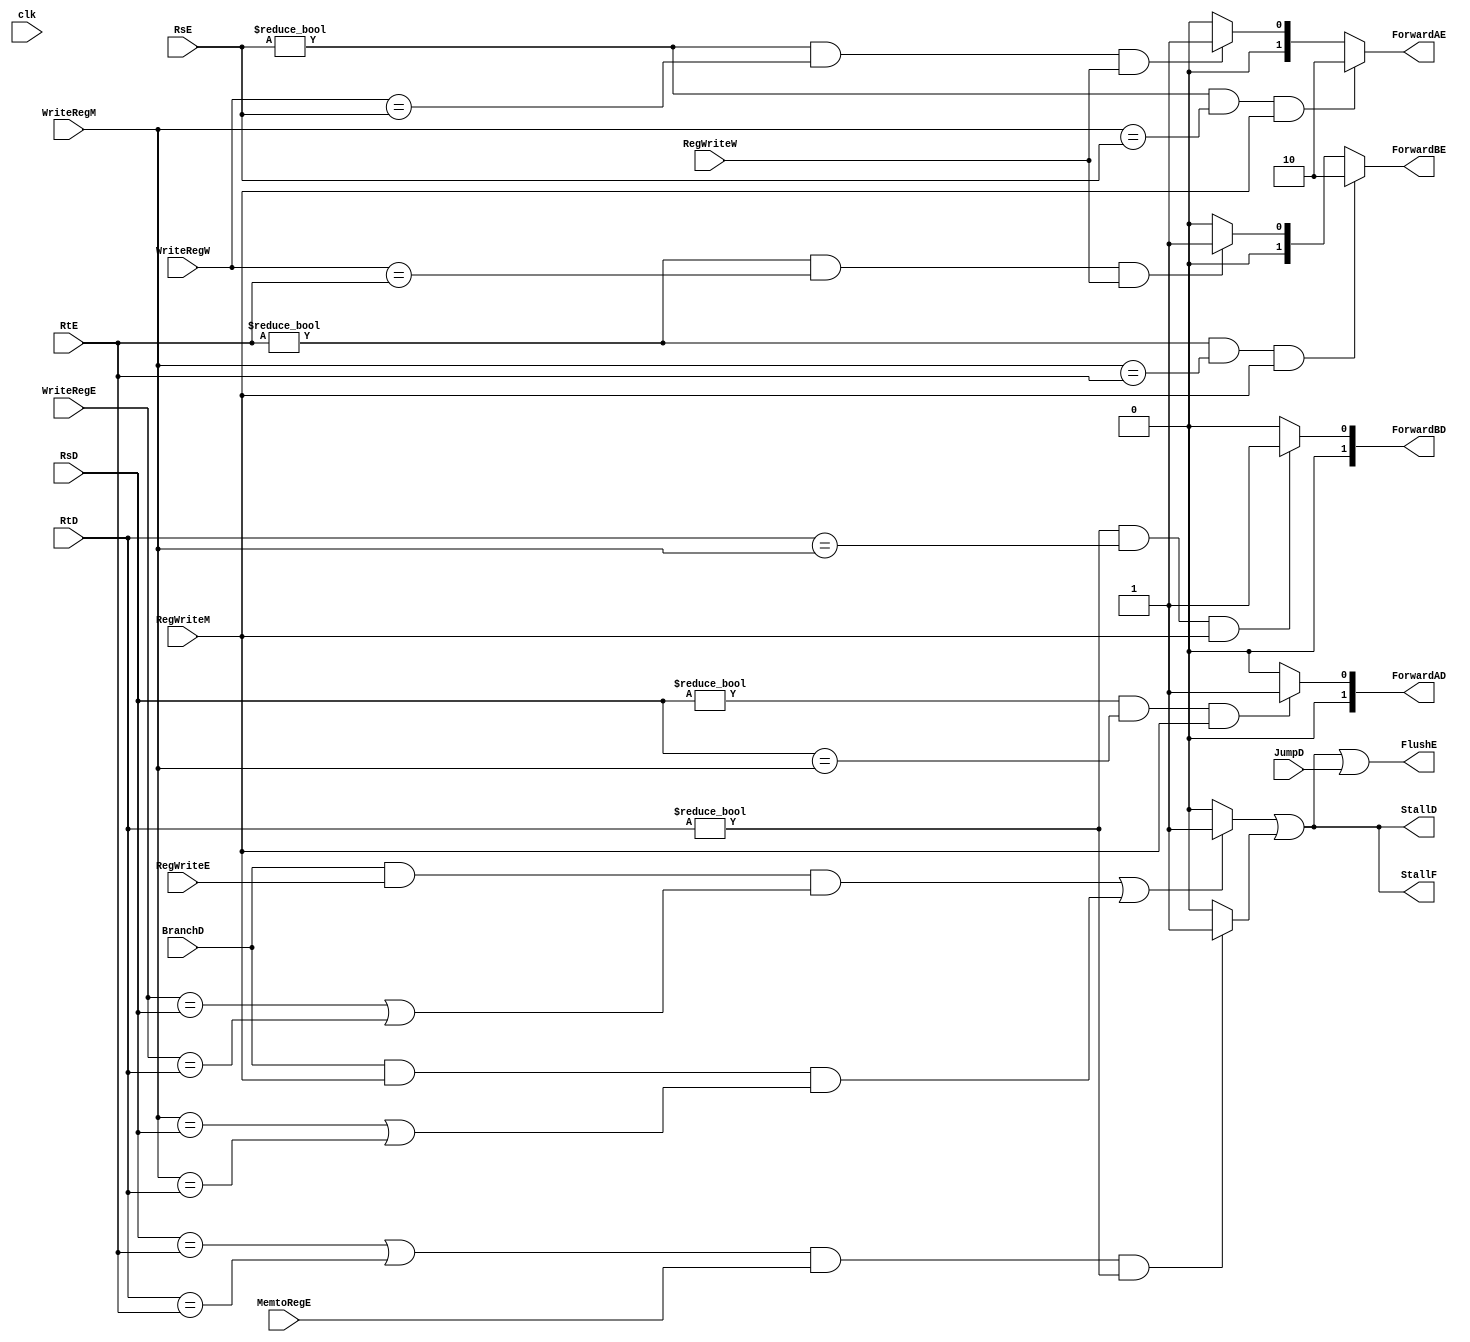
`timescale 1ns / 1ps
//////////////////////////////////////////////////////////////////////////////////
// 5
// 
//////////////////////////////////////////////////////////////////////////////////

module Hazard_Unit(clk,StallF, StallD, BranchD, JumpD, ForwardAD, ForwardBD, RsD, RtD, FlushE, RsE, RtE, ForwardAE, ForwardBE, WriteRegE, MemtoRegE, RegWriteE, WriteRegM, RegWriteM, WriteRegW, RegWriteW);
input BranchD, JumpD, MemtoRegE, RegWriteE, RegWriteM, RegWriteW,clk;
input [4:0] WriteRegE, WriteRegM, WriteRegW,RsD, RtD, RsE, RtE;
output reg StallF, StallD, FlushE;
output reg [1:0] ForwardAD, ForwardBD, ForwardAE, ForwardBE;
reg lwstall, branchstall;

always@(*)
    begin
        //Data Forward
        if((RsE != 0) && (WriteRegM == RsE) && RegWriteM)
            ForwardAE = 2'b10;
        else if((RsE != 0) && (WriteRegW == RsE) && RegWriteW)
            ForwardAE = 2'b01;
        else
            ForwardAE = 2'b00;

        if((RtE != 0) && (WriteRegM == RtE) && RegWriteM)
            ForwardBE = 2'b10;
        else if((RtE != 0) && (WriteRegW == RtE) && RegWriteW)
            ForwardBE = 2'b01;
        else
            ForwardBE = 2'b00;
        //LW Stall judger
        if(((RsD == RtE) || (RtD == RtE)) && MemtoRegE&&(RtD!=0)) lwstall = 1'b1;
        else lwstall = 1'b0;
        //Decode stage Forward (for branch)
        if((RsD != 0) && (RsD == WriteRegM) && RegWriteM) ForwardAD = 1'b1;
        else ForwardAD = 1'b0;
        if((RtD != 0) && (RtD == WriteRegM) && RegWriteM) ForwardBD = 1'b1;
        else ForwardBD = 1'b0;
        //Branch Stall judger
        if((BranchD && RegWriteE && (WriteRegE == RsD || WriteRegE == RtD)) || (BranchD && RegWriteM && (WriteRegM == RsD || WriteRegM == RtD))) branchstall = 1'b1;
        else branchstall = 1'b0;
        //Make the processor stall (due to either a load or a branch hazard)
        StallF = branchstall | lwstall;
        StallD = branchstall | lwstall;
        FlushE = branchstall | lwstall | JumpD;
    end
endmodule